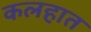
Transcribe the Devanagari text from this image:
कलहात